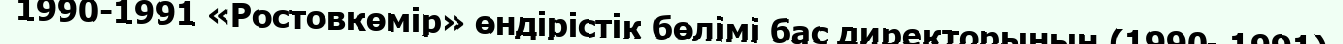
1990-1991 «Ростовкөмір» өндірістік бөлімі бас директорының (1990–1991)